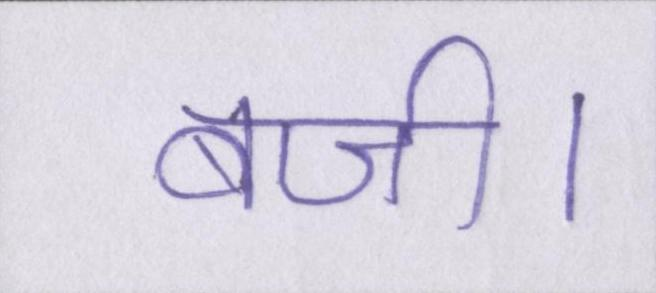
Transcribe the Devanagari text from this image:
बजी।